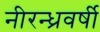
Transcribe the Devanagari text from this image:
नीरन्ध्रवर्षी